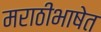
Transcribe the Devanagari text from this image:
मराठीभाषेत